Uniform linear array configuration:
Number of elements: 24
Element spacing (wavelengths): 1
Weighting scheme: cosine
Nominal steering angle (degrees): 45
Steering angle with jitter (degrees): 46.934
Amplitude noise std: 0.05
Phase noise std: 0.05

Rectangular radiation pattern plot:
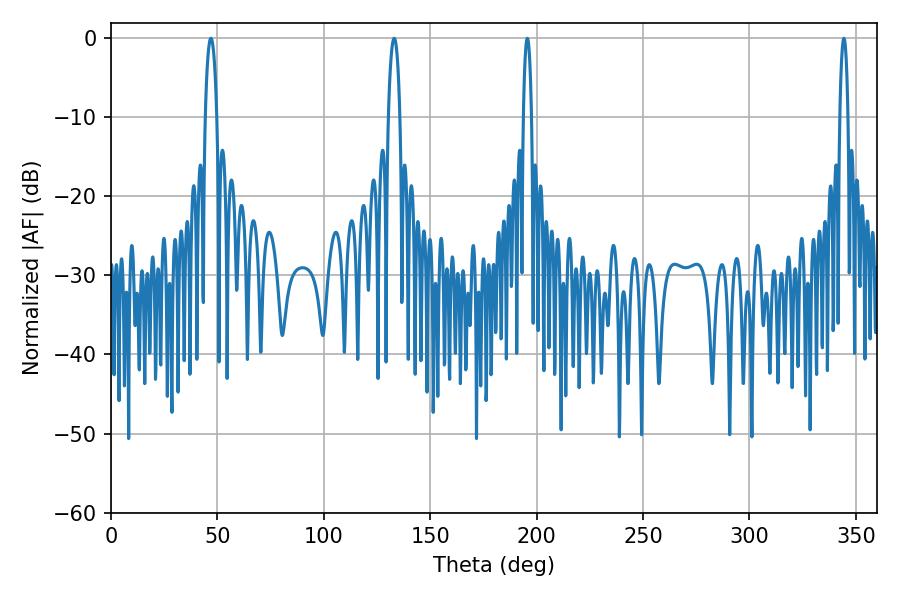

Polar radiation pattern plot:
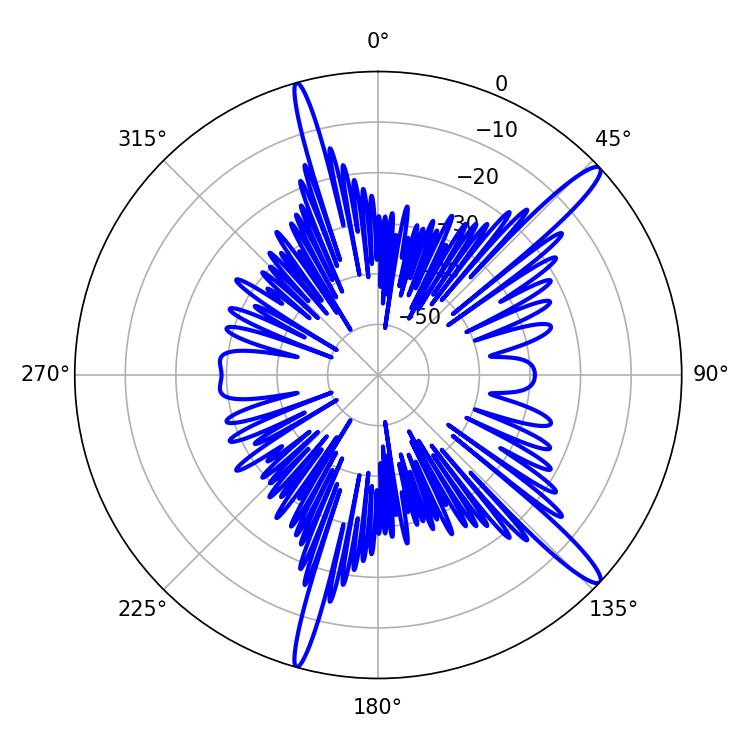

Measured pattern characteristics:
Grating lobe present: TRUE
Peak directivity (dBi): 14.794
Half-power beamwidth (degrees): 3.06
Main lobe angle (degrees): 46.98